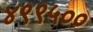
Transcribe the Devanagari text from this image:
४९९५००